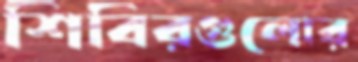
শিবিরগুলোর